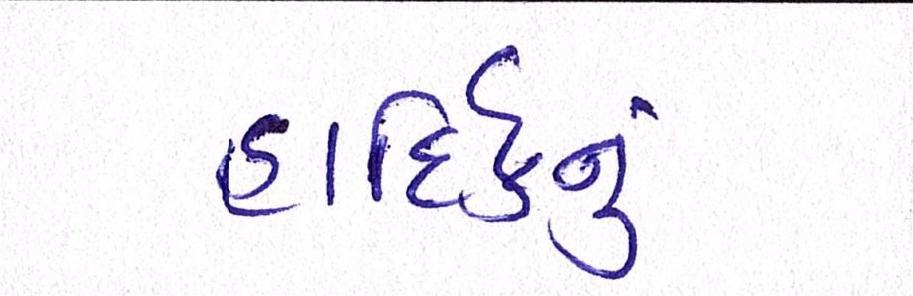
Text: હાર્દિકનું